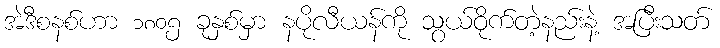
အဲဒီစနစ်ဟာ ၁၈၀၅ ခုနှစ်မှာ နပိုလီယန်ကို သွယ်ဝိုက်တဲ့နည်းနဲ့ အပြီးသတ်